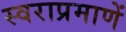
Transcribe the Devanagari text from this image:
स्वराप्रमाणें